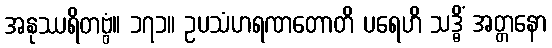
အနုဿရိတဗ္ဗံ။ ၁၇၁။ ဥပသံဟရဏတောတိ ပရေဟိ သဒ္ဓိံ အတ္တနော